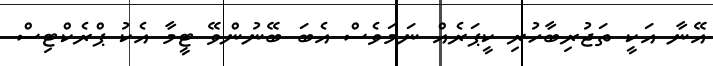
އޭނާ އަކީ ތަޖުރިބާހުރި ކީޕަރެއް ނަމަވެސް އެބަ ބޭނުންވޭ ޓީމާ އެކު ޕްރެކްޓިސް